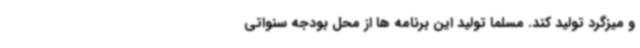
و میزگرد تولید کند. مسلما تولید این برنامه ها از محل بودجه سنواتی